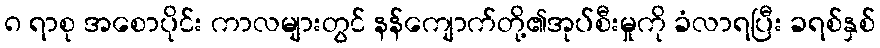
၈ ရာစု အစောပိုင်း ကာလများတွင် နန်ကျောက်တို့၏အုပ်စီးမှုကို ခံလာရပြီး ခရစ်နှစ်